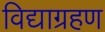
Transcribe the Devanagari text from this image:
विद्याग्रहण